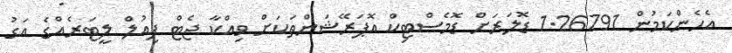
އެހެންކަމުން 1.26791 ޑޮލަރަށް ޑޮމެސްޓިކް އޮޕަރޭޝަންތަކަށް ވިއްކާ ޖެޓް ފިއުލް ލީޓަރެއްގެ އަގު